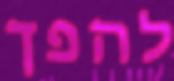
להפך